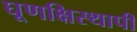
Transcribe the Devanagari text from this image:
घूणक्षिस्थापी